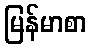
မြန်မာစာ